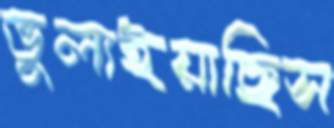
ভুলাইয়াছিস